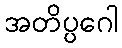
အတိပ္ပဂေါ